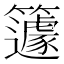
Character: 籧